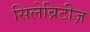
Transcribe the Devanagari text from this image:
सिलेब्रिटीज़